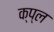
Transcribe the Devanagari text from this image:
क्प्ल